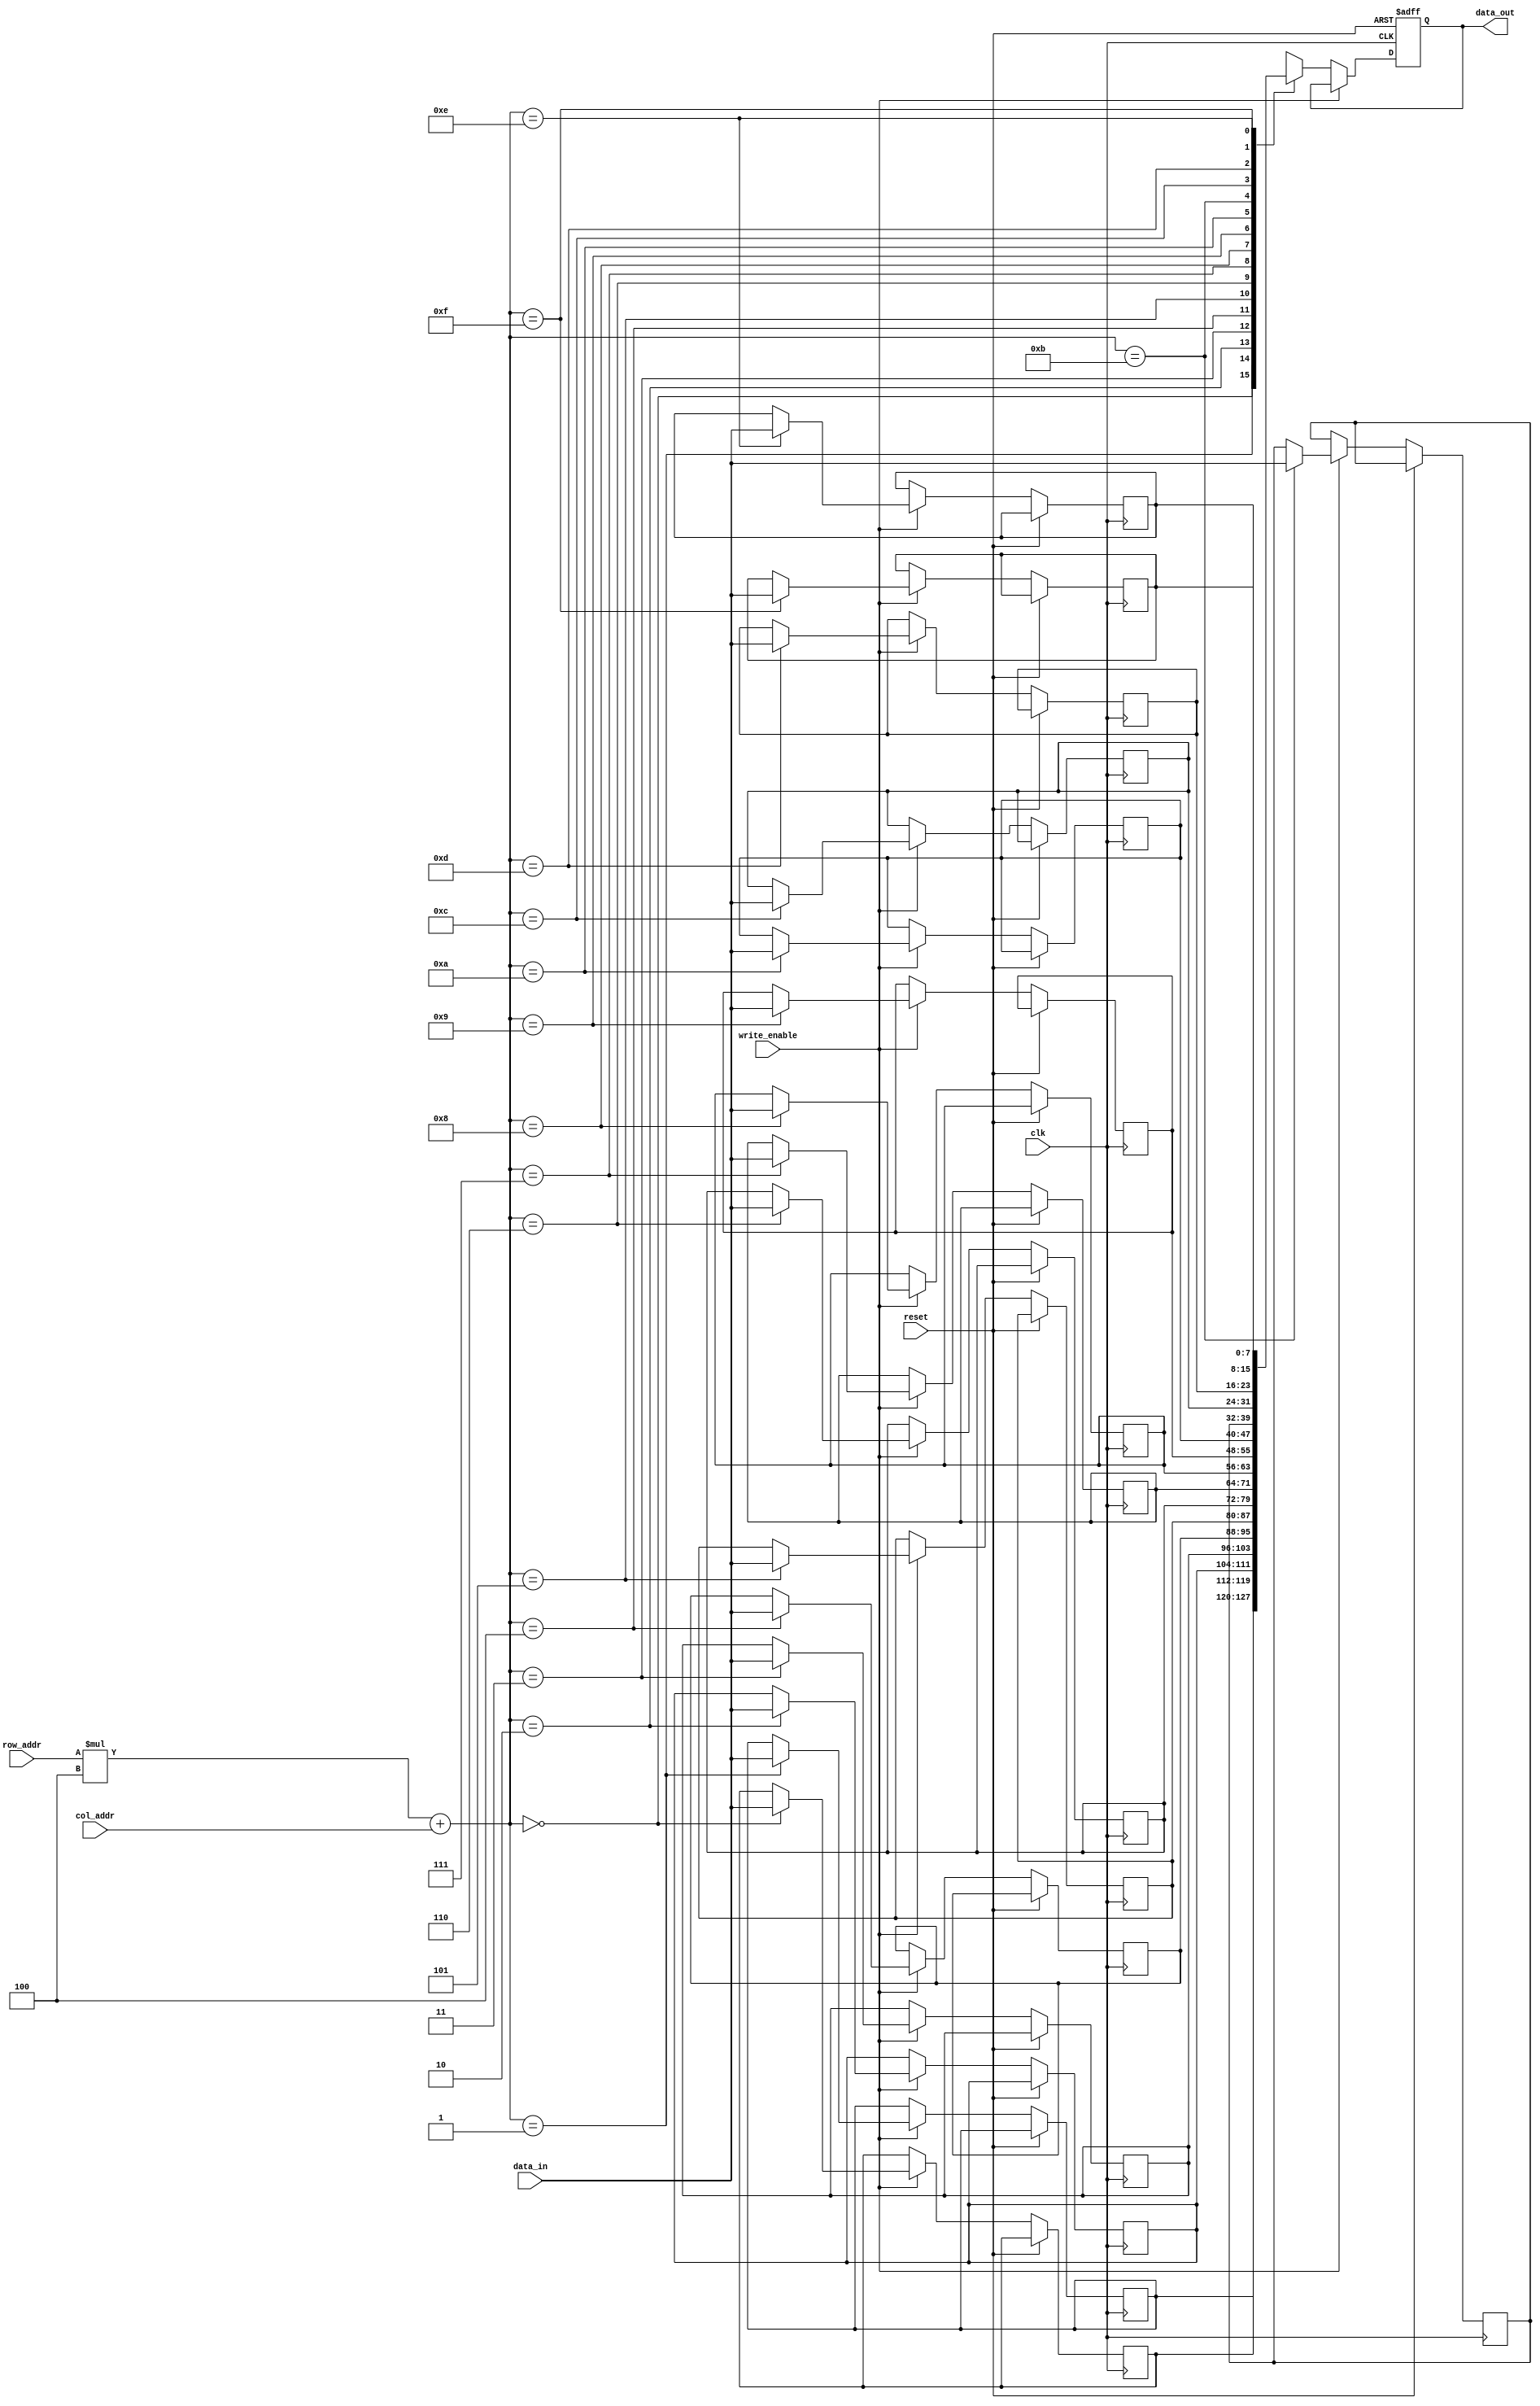
module MRAM (
  input wire clk,
  input wire reset,
  input wire write_enable,
  input wire [7:0] data_in,
  input wire [3:0] row_addr,
  input wire [3:0] col_addr,
  output reg [7:0] data_out
);

reg [7:0] memory [15:0];

always @(posedge clk or posedge reset) begin
  if (reset) begin
    data_out <= 8'b0;
  end else begin
    if (write_enable) begin
      memory[row_addr * 4 + col_addr] <= data_in;
    end else begin
      data_out <= memory[row_addr * 4 + col_addr];
    end
  end
end

endmodule